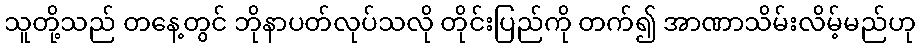
သူတို့သည် တနေ့တွင် ဘိုနာပတ်လုပ်သလို တိုင်းပြည်ကို တက်၍ အာဏာသိမ်းလိမ့်မည်ဟု